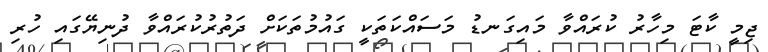
ޖިމީ ކާޓަ މިހާރު ކުރައްވާ މައިގަނޑު މަސައްކަތަކީ ގައުމުތަކަށް ދަތުރުކުރައްވާ ދުނިޔޭގައި ހުރި